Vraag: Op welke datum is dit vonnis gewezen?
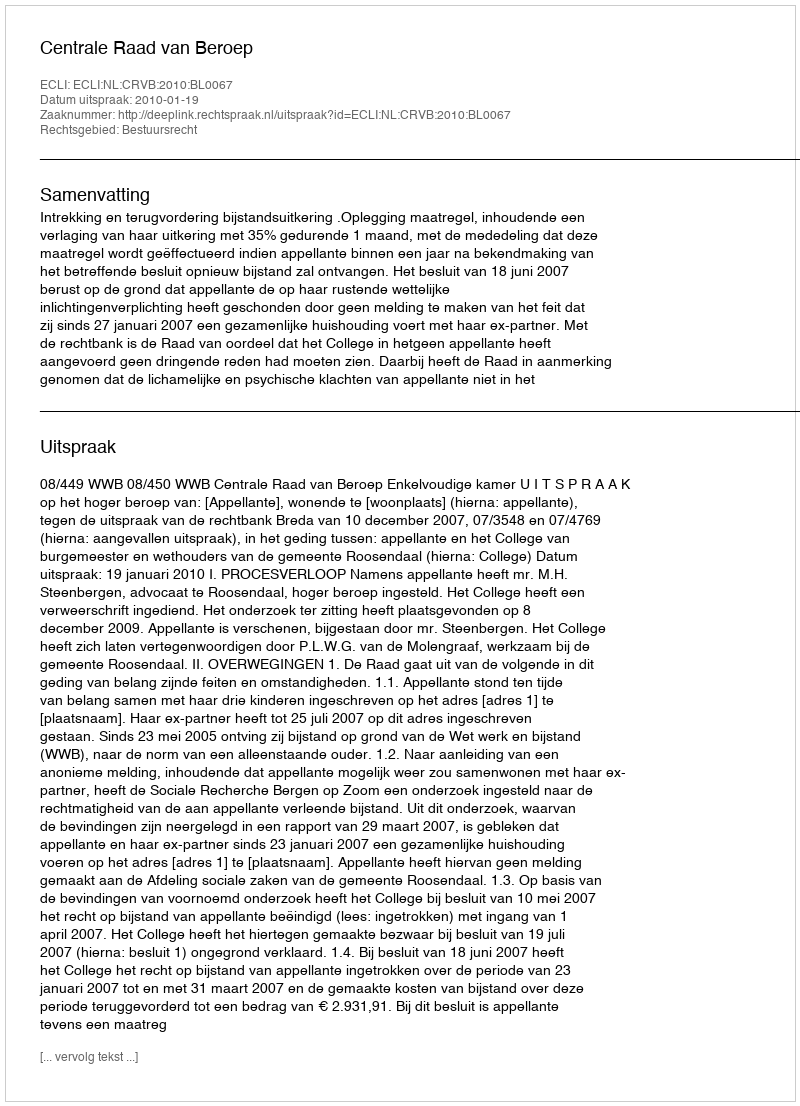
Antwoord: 2010-01-19